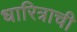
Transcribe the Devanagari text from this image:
धारित्राची